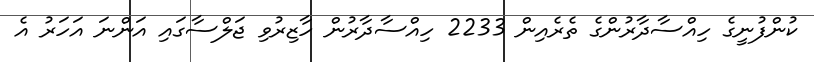
ކުންފުނީގެ ހިއްސާދާރުންގެ ތެރެއިން 2233 ހިއްސާދާރުން ހާޒިރުވި ޖަލްސާގައި އަންނަ އަހަރު އެ